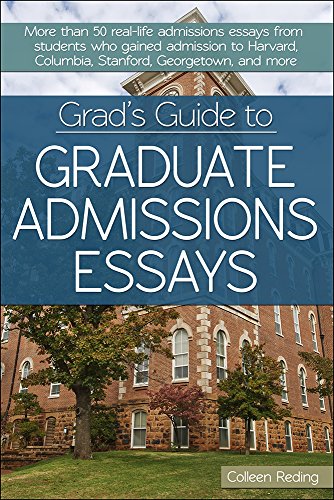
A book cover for Grad's Guide to Graduate Admissions Essays: Examples from Real Students Who Got into Top Schools; Colleen Reding; Education & Teaching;